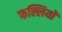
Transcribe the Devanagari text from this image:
फल्लियों